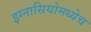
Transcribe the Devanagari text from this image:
इग्नासियोमध्येच